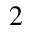
^ { 2 }